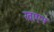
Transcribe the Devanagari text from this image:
खाएन